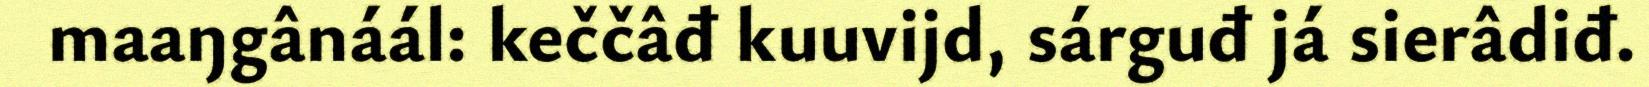
maaŋgânáál: keččâđ kuuvijd, sárguđ já sierâdiđ.